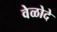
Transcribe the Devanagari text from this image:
वेळोदे